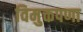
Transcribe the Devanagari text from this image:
विमुक्तपणा